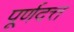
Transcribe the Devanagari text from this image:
पूर्णदत्त